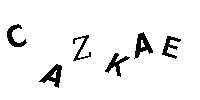
CAZKAE